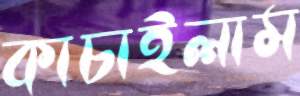
কাচাইলাম